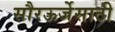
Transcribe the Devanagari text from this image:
सौरऊर्जेसाठी